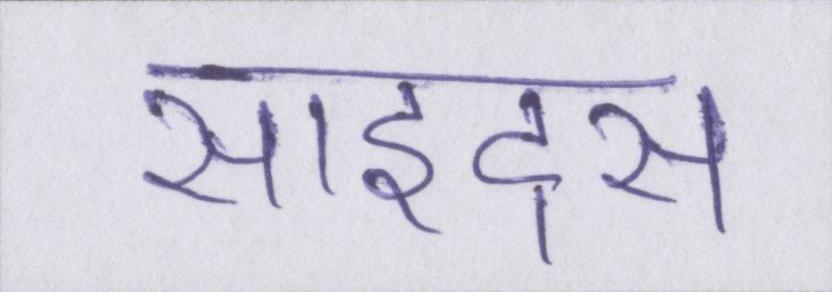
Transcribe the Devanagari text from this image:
साइट्स